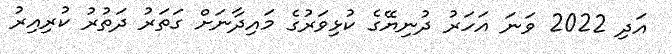
އަދި 2022 ވަނަ އަހަރު ދުނިޔޭގެ ކުޅިވަރުގެ މައިދާނަށް ގަތަރު ދަތުރު ކުރިއިރު